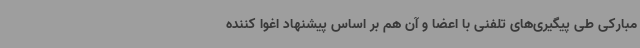
مبارکی طی پیگیری‌های تلفنی با اعضا و آن هم بر اساس پیشنهاد اغوا کننده